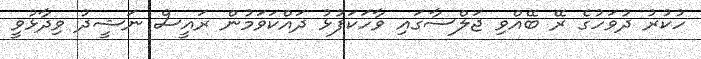
ހުކުރު ދުވަހުގެ ރޭ ބޭއްވި ޖަލްސާގައި ވާހަކަފުޅު ދައްކަވަމުން ރައީސް ނަޝީދު ވިދާޅުވީ